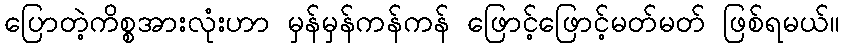
ပြောတဲ့ကိစ္စအားလုံးဟာ မှန်မှန်ကန်ကန် ဖြောင့်ဖြောင့်မတ်မတ် ဖြစ်ရမယ်။